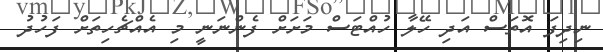
ނިދިފަ އޮތަސް އަދި ހޭލާ ހުއްޓަސް މަށަށް ފެންނަނީ މި އެއްޗެހިތަށް ފަހުދު